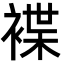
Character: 褋